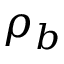
\rho _ { b }